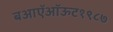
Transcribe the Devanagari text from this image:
बआऍऑऊट१९८७